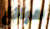
هوانغ